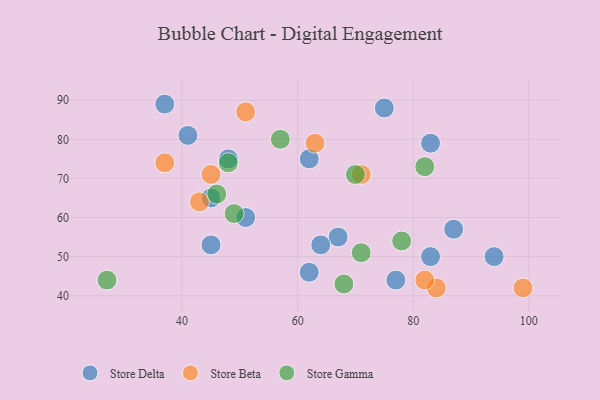
{"axis": {"x": "GDP", "y": "Life Expectancy"}, "legend": ["Store Beta", "Store Delta", "Store Gamma"], "data": [{"x": "41", "y": 81, "type": "Store Delta"}, {"x": "83", "y": 79, "type": "Store Delta"}, {"x": "51", "y": 60, "type": "Store Delta"}, {"x": "48", "y": 75, "type": "Store Delta"}, {"x": "75", "y": 88, "type": "Store Delta"}, {"x": "45", "y": 65, "type": "Store Delta"}, {"x": "94", "y": 50, "type": "Store Delta"}, {"x": "83", "y": 50, "type": "Store Delta"}, {"x": "62", "y": 46, "type": "Store Delta"}, {"x": "67", "y": 55, "type": "Store Delta"}, {"x": "87", "y": 57, "type": "Store Delta"}, {"x": "45", "y": 53, "type": "Store Delta"}, {"x": "77", "y": 44, "type": "Store Delta"}, {"x": "64", "y": 53, "type": "Store Delta"}, {"x": "62", "y": 75, "type": "Store Delta"}, {"x": "37", "y": 89, "type": "Store Delta"}, {"x": "84", "y": 42, "type": "Store Beta"}, {"x": "43", "y": 64, "type": "Store Beta"}, {"x": "71", "y": 71, "type": "Store Beta"}, {"x": "63", "y": 79, "type": "Store Beta"}, {"x": "45", "y": 71, "type": "Store Beta"}, {"x": "99", "y": 42, "type": "Store Beta"}, {"x": "82", "y": 44, "type": "Store Beta"}, {"x": "51", "y": 87, "type": "Store Beta"}, {"x": "37", "y": 74, "type": "Store Beta"}, {"x": "57", "y": 80, "type": "Store Gamma"}, {"x": "78", "y": 54, "type": "Store Gamma"}, {"x": "68", "y": 43, "type": "Store Gamma"}, {"x": "48", "y": 74, "type": "Store Gamma"}, {"x": "46", "y": 66, "type": "Store Gamma"}, {"x": "27", "y": 44, "type": "Store Gamma"}, {"x": "82", "y": 73, "type": "Store Gamma"}, {"x": "71", "y": 51, "type": "Store Gamma"}, {"x": "49", "y": 61, "type": "Store Gamma"}, {"x": "70", "y": 71, "type": "Store Gamma"}]}